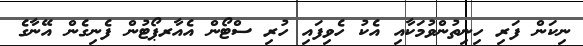
ނިކަން ފަރި ހިނިތުންވުމަކާއި އެކު ހެވިފައި ހުރި ސްޓޯން އެއާރޕޯޓުން ފެނިގެން އޭނާގެ